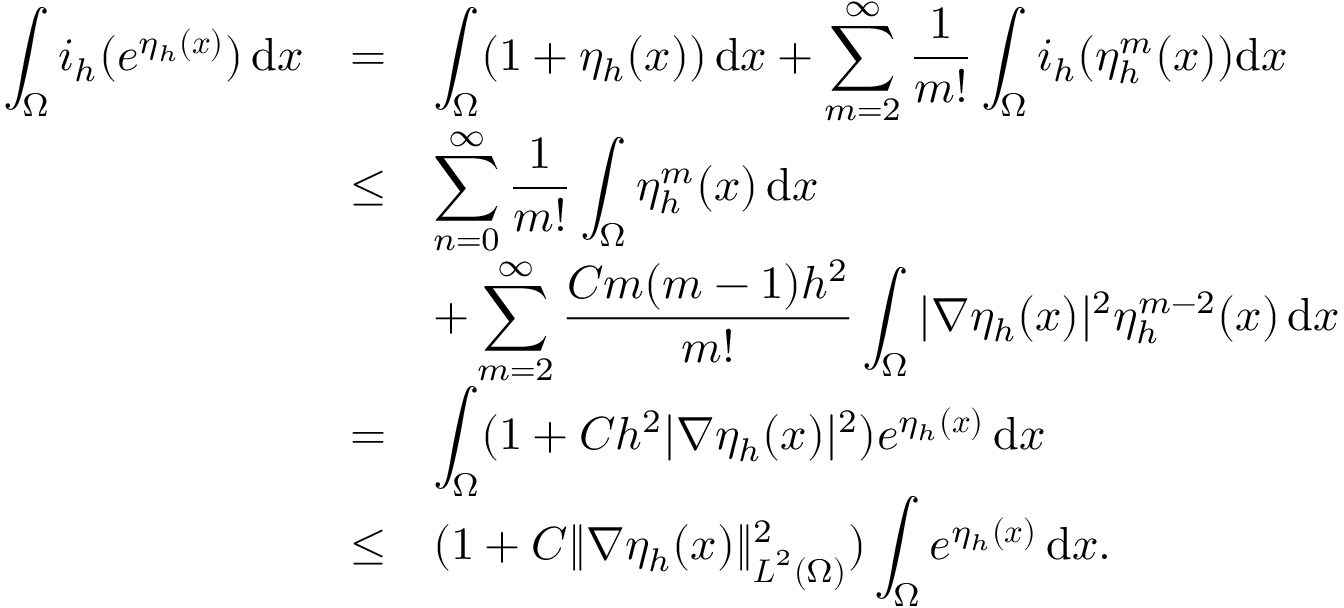
\begin{array} { r c l } { \displaystyle \int _ { \Omega } i _ { h } ( e ^ { \eta _ { h } ( { \boldsymbol x } ) } ) \, \mathrm { d } { \boldsymbol x } } & { = } & { \displaystyle \int _ { \Omega } ( 1 + \eta _ { h } ( { \boldsymbol x } ) ) \, \mathrm { d } { \boldsymbol x } + \sum _ { m = 2 } ^ { \infty } \frac { 1 } { m ! } \int _ { \Omega } i _ { h } ( \eta _ { h } ^ { m } ( { \boldsymbol x } ) ) \mathrm { d } { \boldsymbol x } } \\ & { \le } & { \displaystyle \sum _ { n = 0 } ^ { \infty } \frac { 1 } { m ! } \int _ { \Omega } \eta _ { h } ^ { m } ( { \boldsymbol x } ) \, \mathrm { d } { \boldsymbol x } } \\ & & { \displaystyle + \sum _ { m = 2 } ^ { \infty } \frac { C m ( m - 1 ) h ^ { 2 } } { m ! } \int _ { \Omega } | \nabla \eta _ { h } ( { \boldsymbol x } ) | ^ { 2 } \eta _ { h } ^ { m - 2 } ( { \boldsymbol x } ) \, \mathrm { d } { \boldsymbol x } } \\ & { = } & { \displaystyle \int _ { \Omega } ( 1 + C h ^ { 2 } | \nabla \eta _ { h } ( { \boldsymbol x } ) | ^ { 2 } ) e ^ { \eta _ { h } ( { \boldsymbol x } ) } \, \mathrm { d } { \boldsymbol x } } \\ & { \le } & { \displaystyle ( 1 + C \| \nabla \eta _ { h } ( { \boldsymbol x } ) \| _ { { \boldsymbol L } ^ { 2 } ( \Omega ) } ^ { 2 } ) \int _ { \Omega } e ^ { \eta _ { h } ( { \boldsymbol x } ) } \, \mathrm { d } { \boldsymbol x } . } \end{array}